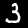
Label: 3